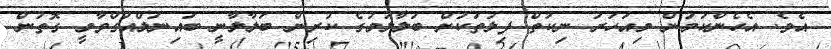
އެވެ. އެހެންކަމުން މިއަހަރު ނިކުތް ފިލުތަކަށް ބަލާލުމުގެ ކުރިން ބަލާލާނީ ބައިނަލްއަގްވާމީ ގޮތުން